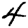
Digit: 4